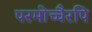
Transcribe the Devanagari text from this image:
परमोच्चैरपि